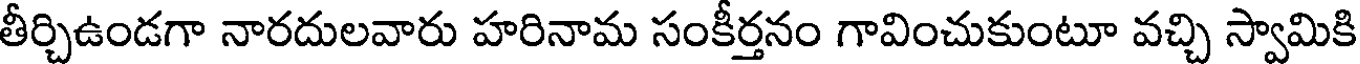
తీర్చిఉండగా నారదులవారు హరినామ సంకీర్తనం గావించుకుంటూ వచ్చి స్వామికి